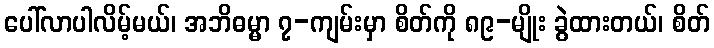
ပေါ်လာပါလိမ့်မယ်၊ အဘိဓမ္မာ ၇-ကျမ်းမှာ စိတ်ကို ၈၉-မျိုး ခွဲထားတယ်၊ စိတ်